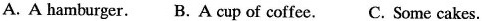
A.A hamburger. B.A cup of coffee. C.Some cakes.